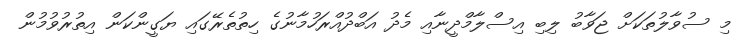
މި ސުވާލުތަކަށް ޖަވާބު ލިބި އިސްލާމްދީނާއި މެދު އަބްދުއްރަހުމާނުގެ ހިތުތެރޭގައި ޔަގީންކަން އިތުރުވުމުން